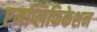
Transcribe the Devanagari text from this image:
एमप्लिफिकेशन